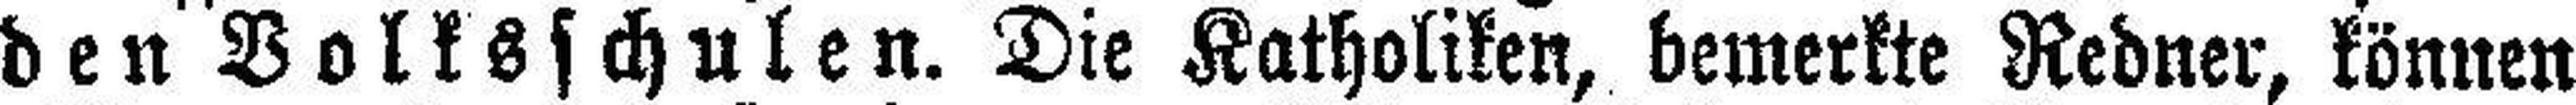
den Volksschulen. Die Katholiken, bemerkte Redner, können